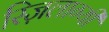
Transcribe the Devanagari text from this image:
स्ज़िलाग्यी